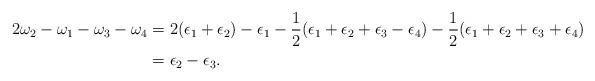
LaTeX: \begin{align*}2\omega_2-\omega_1-\omega_3-\omega_4 &= 2(\epsilon_1+\epsilon_2) - \epsilon_1- \frac{1}{2}(\epsilon_1+\epsilon_2+\epsilon_3-\epsilon_4) - \frac{1}{2}(\epsilon_1+\epsilon_2+\epsilon_3+\epsilon_4)\\ &= \epsilon_2-\epsilon_3.\end{align*}